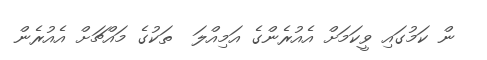
ން ކަމުގައި ވީކަމަށް އެއުރެންގެ އަމިއްލަ  ތަކުގެ މައްޗަށް އެއުރެން